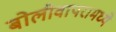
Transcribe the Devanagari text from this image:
बोलीवापरामध्ये